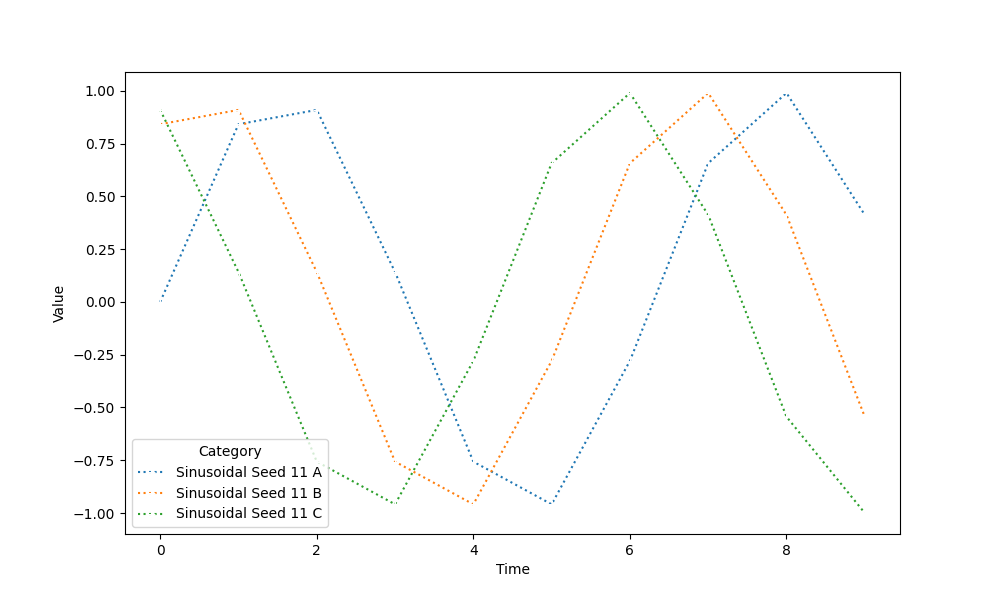
python, seaborn, lineplot, style='dotted', marker='+'